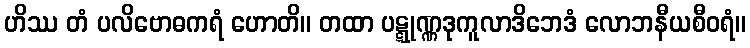
ဟိဿ တံ ပလိဗောဓကရံ ဟောတိ။ တထာ ပဋ္ဋုဏ္ဏဒုကူလာဒိဘေဒံ လောဘနီယစီဝရံ။